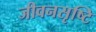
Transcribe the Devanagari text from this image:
जीवनसृष्टि